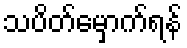
သပိတ်မှောက်ရန်